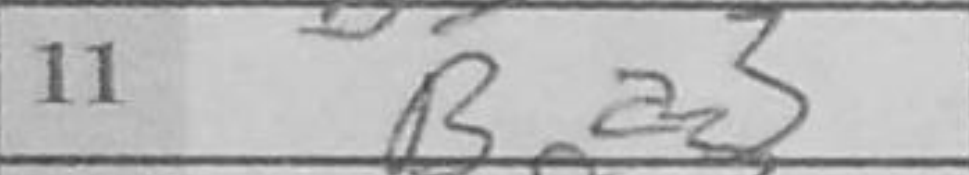
Transcription: Ba3